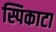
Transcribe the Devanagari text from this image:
स्पिकाटा